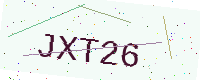
Text: JXT26